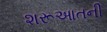
શરૂઆતની